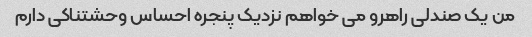
من یک صندلی راهرو می خواهم نزدیک پنجره احساس وحشتناکی دارم